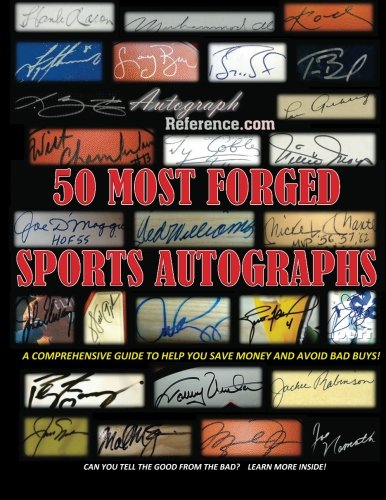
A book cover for Autograph Reference - 50 Most Forged Sports Autographs: A Comprehensive Comparison Guide to Help You Save Money and Avoid Bad Buys; Autograph Reference; Crafts, Hobbies & Home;